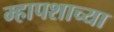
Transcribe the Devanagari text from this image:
म्हापशाच्या